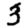
Digit: 3